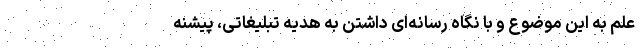
علم به این موضوع و با نگاه رسانه‌ای داشتن به هدیه تبلیغاتی، پیشنه